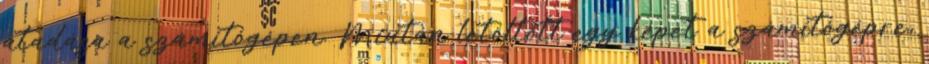
átadása a számítógépen. Miután letöltött egy képet a számítógépre,